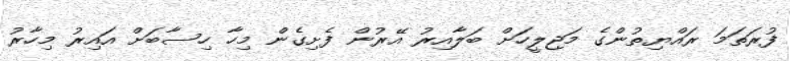
ފުރަތަމަ ރައްޔިތުންގެ މަޖިލީހަށް ބަލާއިރު އޭރުން ފެށިގެން މިހާ ހިސާބަށް އައިރު މިހާރު